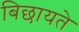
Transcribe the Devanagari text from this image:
बिछायते